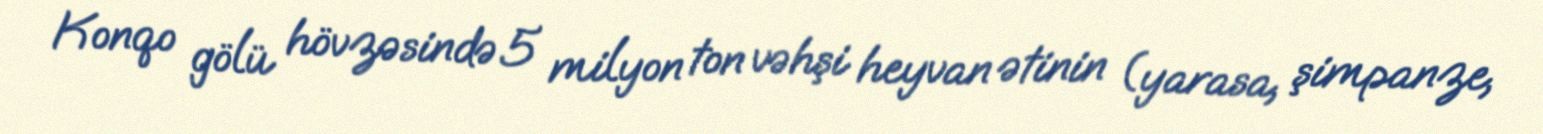
Konqo gölü hövzəsində 5 milyon ton vəhşi heyvan ətinin (yarasa, şimpanze,